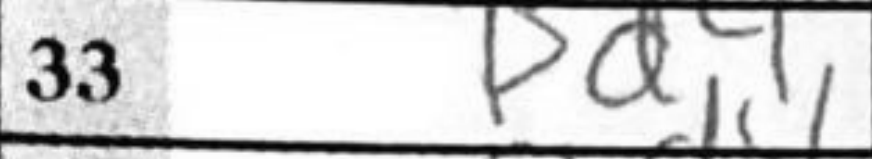
Transcription: Bd4